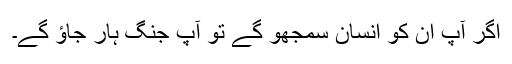
اگر آپ ان کو انسان سمجھو گے تو آپ جنگ ہار جاؤ گے۔